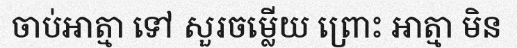
ចាប់អាត្មា ទៅ សួរចម្លើយ ព្រោះ អាត្មា មិន